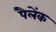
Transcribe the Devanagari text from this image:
पैलेंक